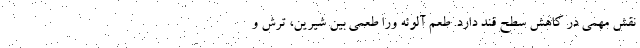
نقش مهمی در کاهش سطح قند دارد. طعم آلوئه ورا طعمی بین شیرین، ترش و